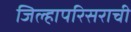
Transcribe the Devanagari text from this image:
जिल्हापरिसराची